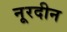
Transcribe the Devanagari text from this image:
नूरदीन